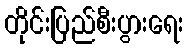
တိုင်းပြည်စီးပွားရေး